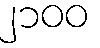
၂၁၀၀